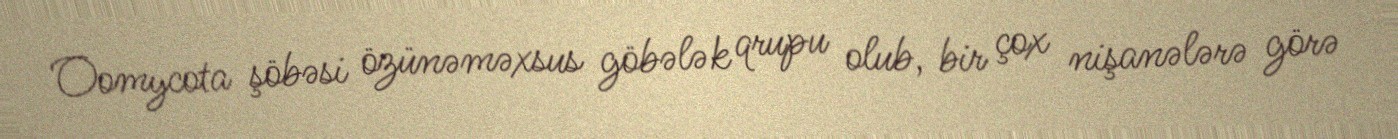
Oomycota şöbəsi özünəməxsus göbələk qrupu olub, bir çox nişanələrə görə